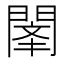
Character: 𲈫